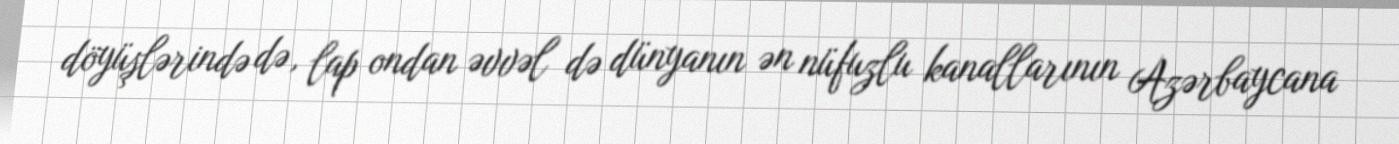
döyüşlərində də, lap ondan əvvəl də dünyanın ən nüfuzlu kanallarının Azərbaycana